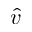
\hat { v }